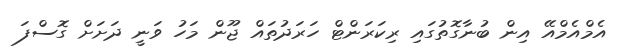
އެމްއެމްއޭ އިން ބުނާގޮތުގައި ރިކަރަންޓް ހަރަދުތައް ޖޫން މަހު ވަނީ ދަށަށް ގޮސްފަ